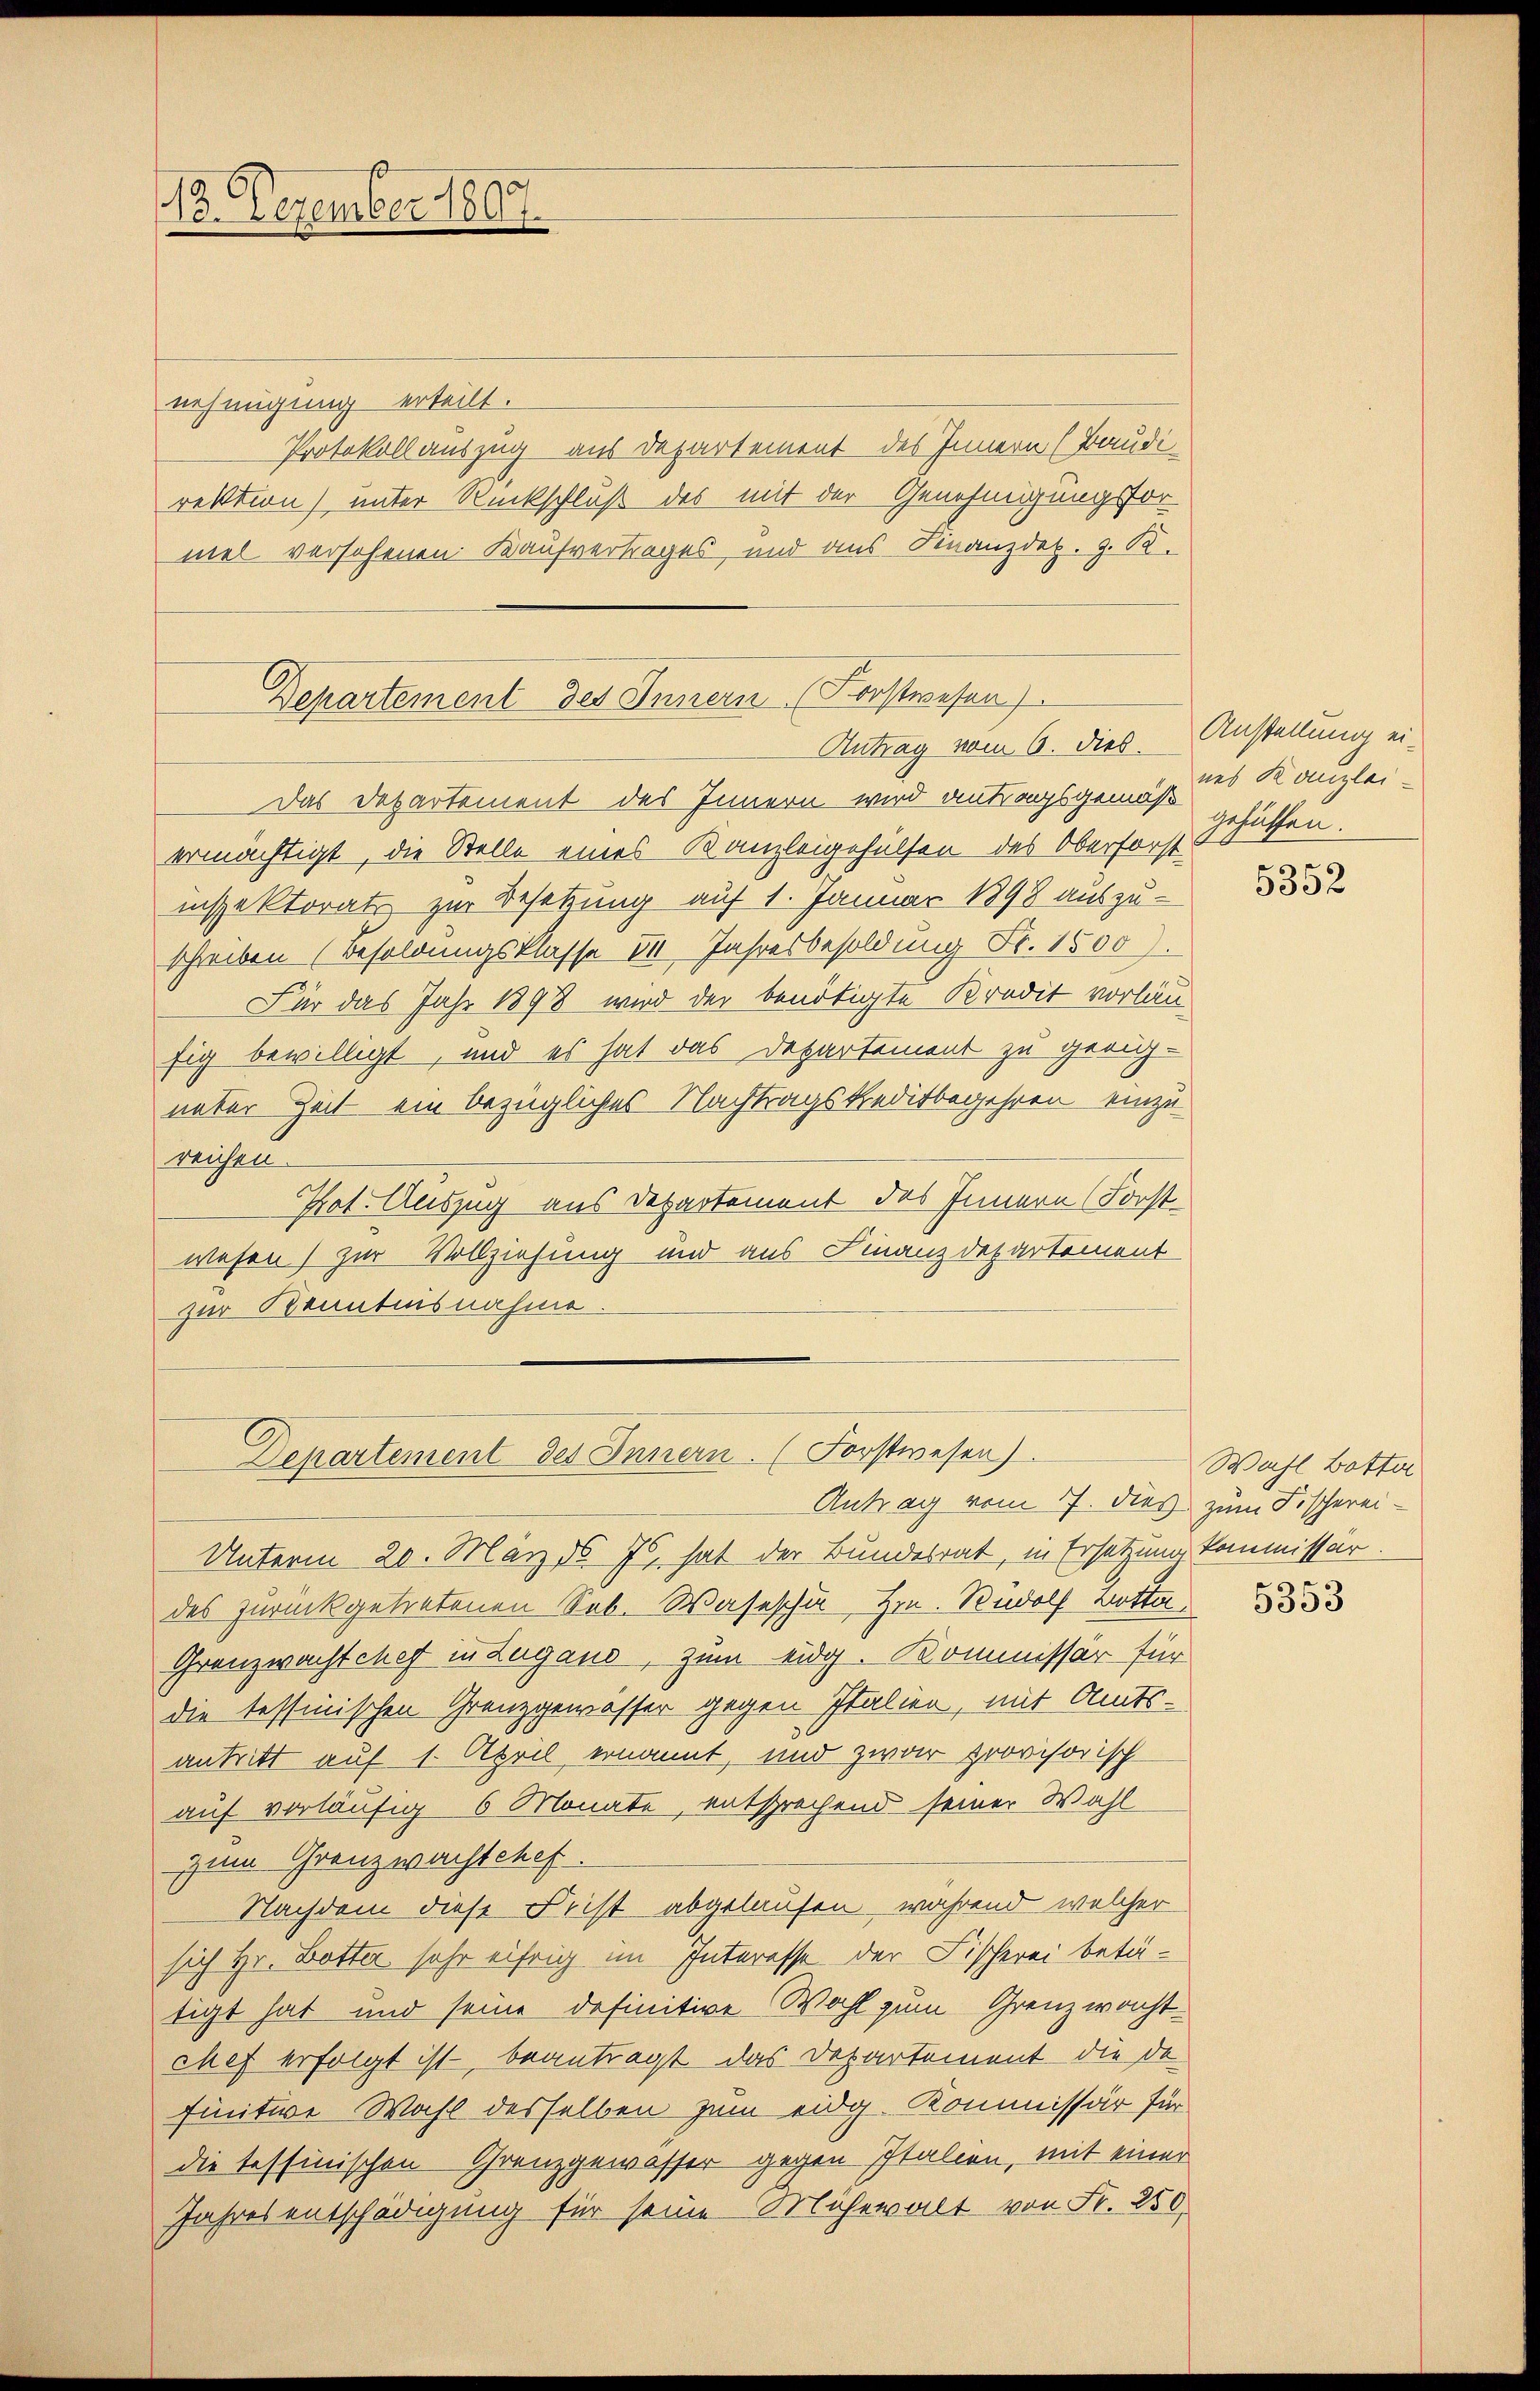
s
13. Dezember 180

nehmigung erteilt.
Protokollauszug aus Departement des Innern (Baudi-
rektion) unter Rückschluß des mit der Genehmigungsfor
mel versehenen Kaufvertrages, und aus Finanzdep. z. B.

Departement des Innern (Forstwesen)
Antrag vom 6. dies

Das Departement des Innern wird antragsgemäß gehülfen.
ermächtigt, die Stelle eines Kanzleigehülfen des Oberforst
inspektorats zur Besetzung auf 1. Januar 1898 auszu-
schreiben (Besoldungsklasse VII Jahresbesoldung Fr. 1500.
Für das Jahr 1898 wird der benötigte Kredit vorläu-
fig bewilligt, und es hat das Departement zu geeig-
unter Zeit ein bezügliches Nachtragskreditbegehren einzureichen.
Pot. Auszug aus Departement des Innern (Forst-
wesen) zur Vollziehung und aus Finanzdepartement
zur Kenntnisnahme.
Unterm 20. März d. Js. hat der Bundesrat, in Ersetzung kommissär.
des zurückgetretenen Seb. Waseschä Hrn. Rudolf Bottin
Granzwachtchef in Zugand, zum eidg. Kommissär für
die tessinischen Grenzgewässer gegen Italien, mit Amts-
antritt auf 1. April ernannt, und zwar provisorisch
auf vorläufig 6 Monate, entsprechend seiner Wahl
zum Grenzwachtchef.
Nachdem diese Frist abgelaufen, während welcher
sich Hr. Botter sehr eifrig im Interesse der Fischerei betä-
tigt hat und seine definitive Wahl zum Grenzwacht-
chef erfolgt ist, beantragt das Departement die de
finitive Wahl desselben zum eidg. Kommissär für
die tessinischen Grenzgewässer gegen Italien, mit einer
Jahresentschädigung für seine Mühewalt von Fr. 250.

Departement des Innern. (Forstwesen)
Antrag vom 7. dies zum Fischerei-

Anstellung eines Kanzlei-

5352

Wahl Botter

5353